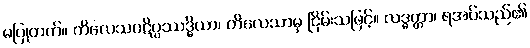
မပြုတတ်။ ကိလေသပဋိပ္ပဿဒ္ဓိယာ၊ ကိလေသာမှ ငြိမ်းသဖြင့်။ လဒ္ဓတ္တာ၊ ရအပ်သည်၏